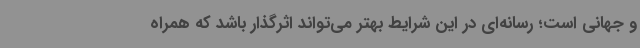
و جهانی است؛ رسانه‌ای در این شرایط بهتر می‌تواند اثرگذار باشد که همراه